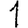
Digit: 1